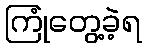
ကြုံတွေ့ခဲ့ရ